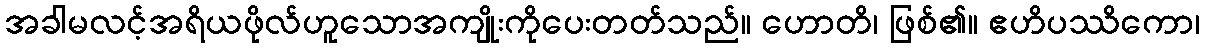
အခါမလင့်အရိယဖိုလ်ဟူသောအကျိုးကိုပေးတတ်သည်။ ဟောတိ၊ ဖြစ်၏။ ဧဟိပဿိကော၊